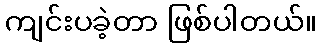
ကျင်းပခဲ့တာ ဖြစ်ပါတယ်။